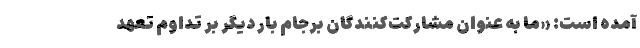
آمده است: «ما به عنوان مشارکت‌کنندگان برجام بار دیگر بر تداوم تعهد